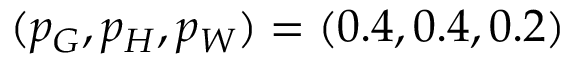
( p _ { G } , p _ { H } , p _ { W } ) = ( 0 . 4 , 0 . 4 , 0 . 2 )